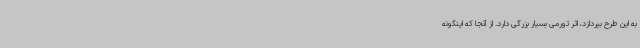
به این طرح بپردازد، اثر تورمی بسیار بزرگی دارد. از آنجا که اینگونه